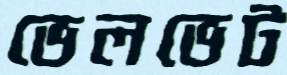
ভেলভেট